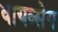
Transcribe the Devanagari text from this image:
वायव्सेय